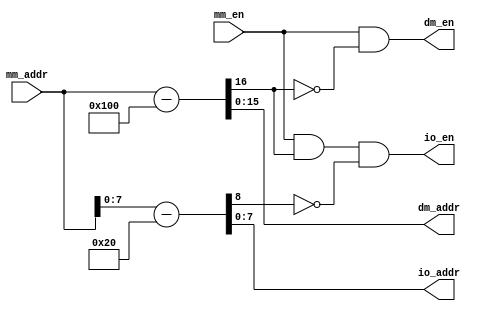
//----------------------------------------------------------------------
//  DmAdConv: Convert Logical Address to Physical Address
//----------------------------------------------------------------------
module  DmAdConv (
    input   [15:0]  mm_addr,    //  Memory mapped address
    input           mm_en,      //  Memory mapping enable
    output  [15:0]  dm_addr,    //  Data SRAM address
    output          dm_en,      //  Data SRAM enable
    output  [7:0]   io_addr,    //  I/O register address
    output          io_en       //  I/O register enable
);

wire    dm_bo;
wire    io_bo;

assign  {dm_bo, dm_addr} = mm_addr - 16'h100;
assign  dm_en = mm_en & ~dm_bo;

assign  {io_bo, io_addr} = mm_addr[7:0] - 8'h20;
assign  io_en = mm_en & dm_bo & ~io_bo;

endmodule